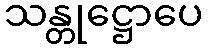
သန္တုဋ္ဌောပေ